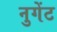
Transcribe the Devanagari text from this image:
नुगेंट